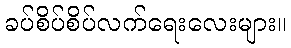
ခပ်စိပ်စိပ်လက်ရေးလေးများ။